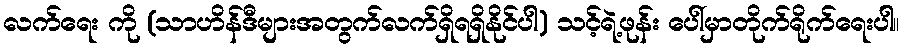
လက်ရေး ကို (သာဟိန်ဒီများအတွက်လက်ရှိရရှိနိုင်ပါ) သင့်ရဲ့ဖုန်း ပေါ်မှာတိုက်ရိုက်ရေးပါ။